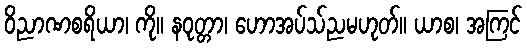
ဝိညာဏစရိယာ၊ ကို။ နဝုတ္တာ၊ ဟောအပ်သ်ညမဟုတ်။ ယာစ၊ အကြင်